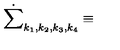
\dot { \sum } _ { k _ { 1 } , k _ { 2 } , k _ { 3 } , k _ { 4 } } \equiv